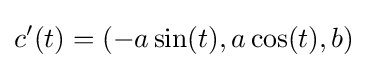
c'(t)=(-a\sin(t),a\cos(t),b)